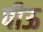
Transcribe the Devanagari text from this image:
पीऊ